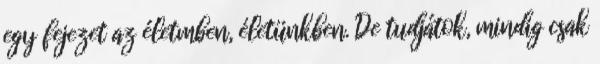
egy fejezet az életmben, életünkben. De tudjátok, mindig csak